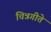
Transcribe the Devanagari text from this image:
चित्रगीते